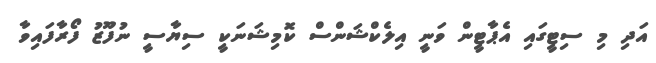
އަދި މި ސިޓީގައި އެޕާޓީން ވަނީ އިލެކްޝަންސް ކޮމިޝަނަކީ ސިޔާސީ ނުފޫޒު ފޯރާފައިވާ